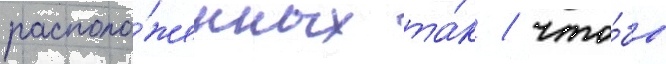
располо́женных та́к / что́бы